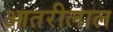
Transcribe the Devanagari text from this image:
आतरीलाल